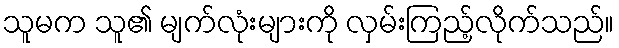
သူမက သူ၏ မျက်လုံးများကို လှမ်းကြည့်လိုက်သည်။